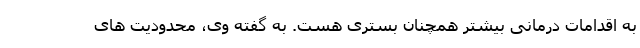
به اقدامات درمانی بیشتر همچنان بستری هست. به گفته وی، محدودیت های